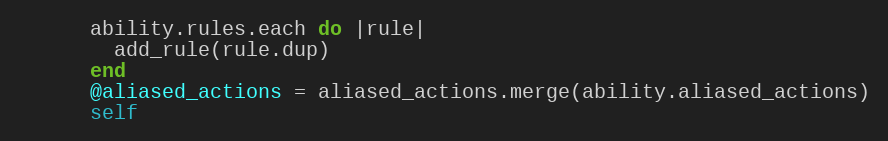
Language: Ruby
      ability.rules.each do |rule|
        add_rule(rule.dup)
      end
      @aliased_actions = aliased_actions.merge(ability.aliased_actions)
      self